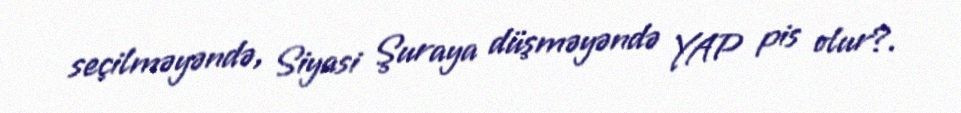
seçilməyəndə, Siyasi Şuraya düşməyəndə YAP pis olur?.